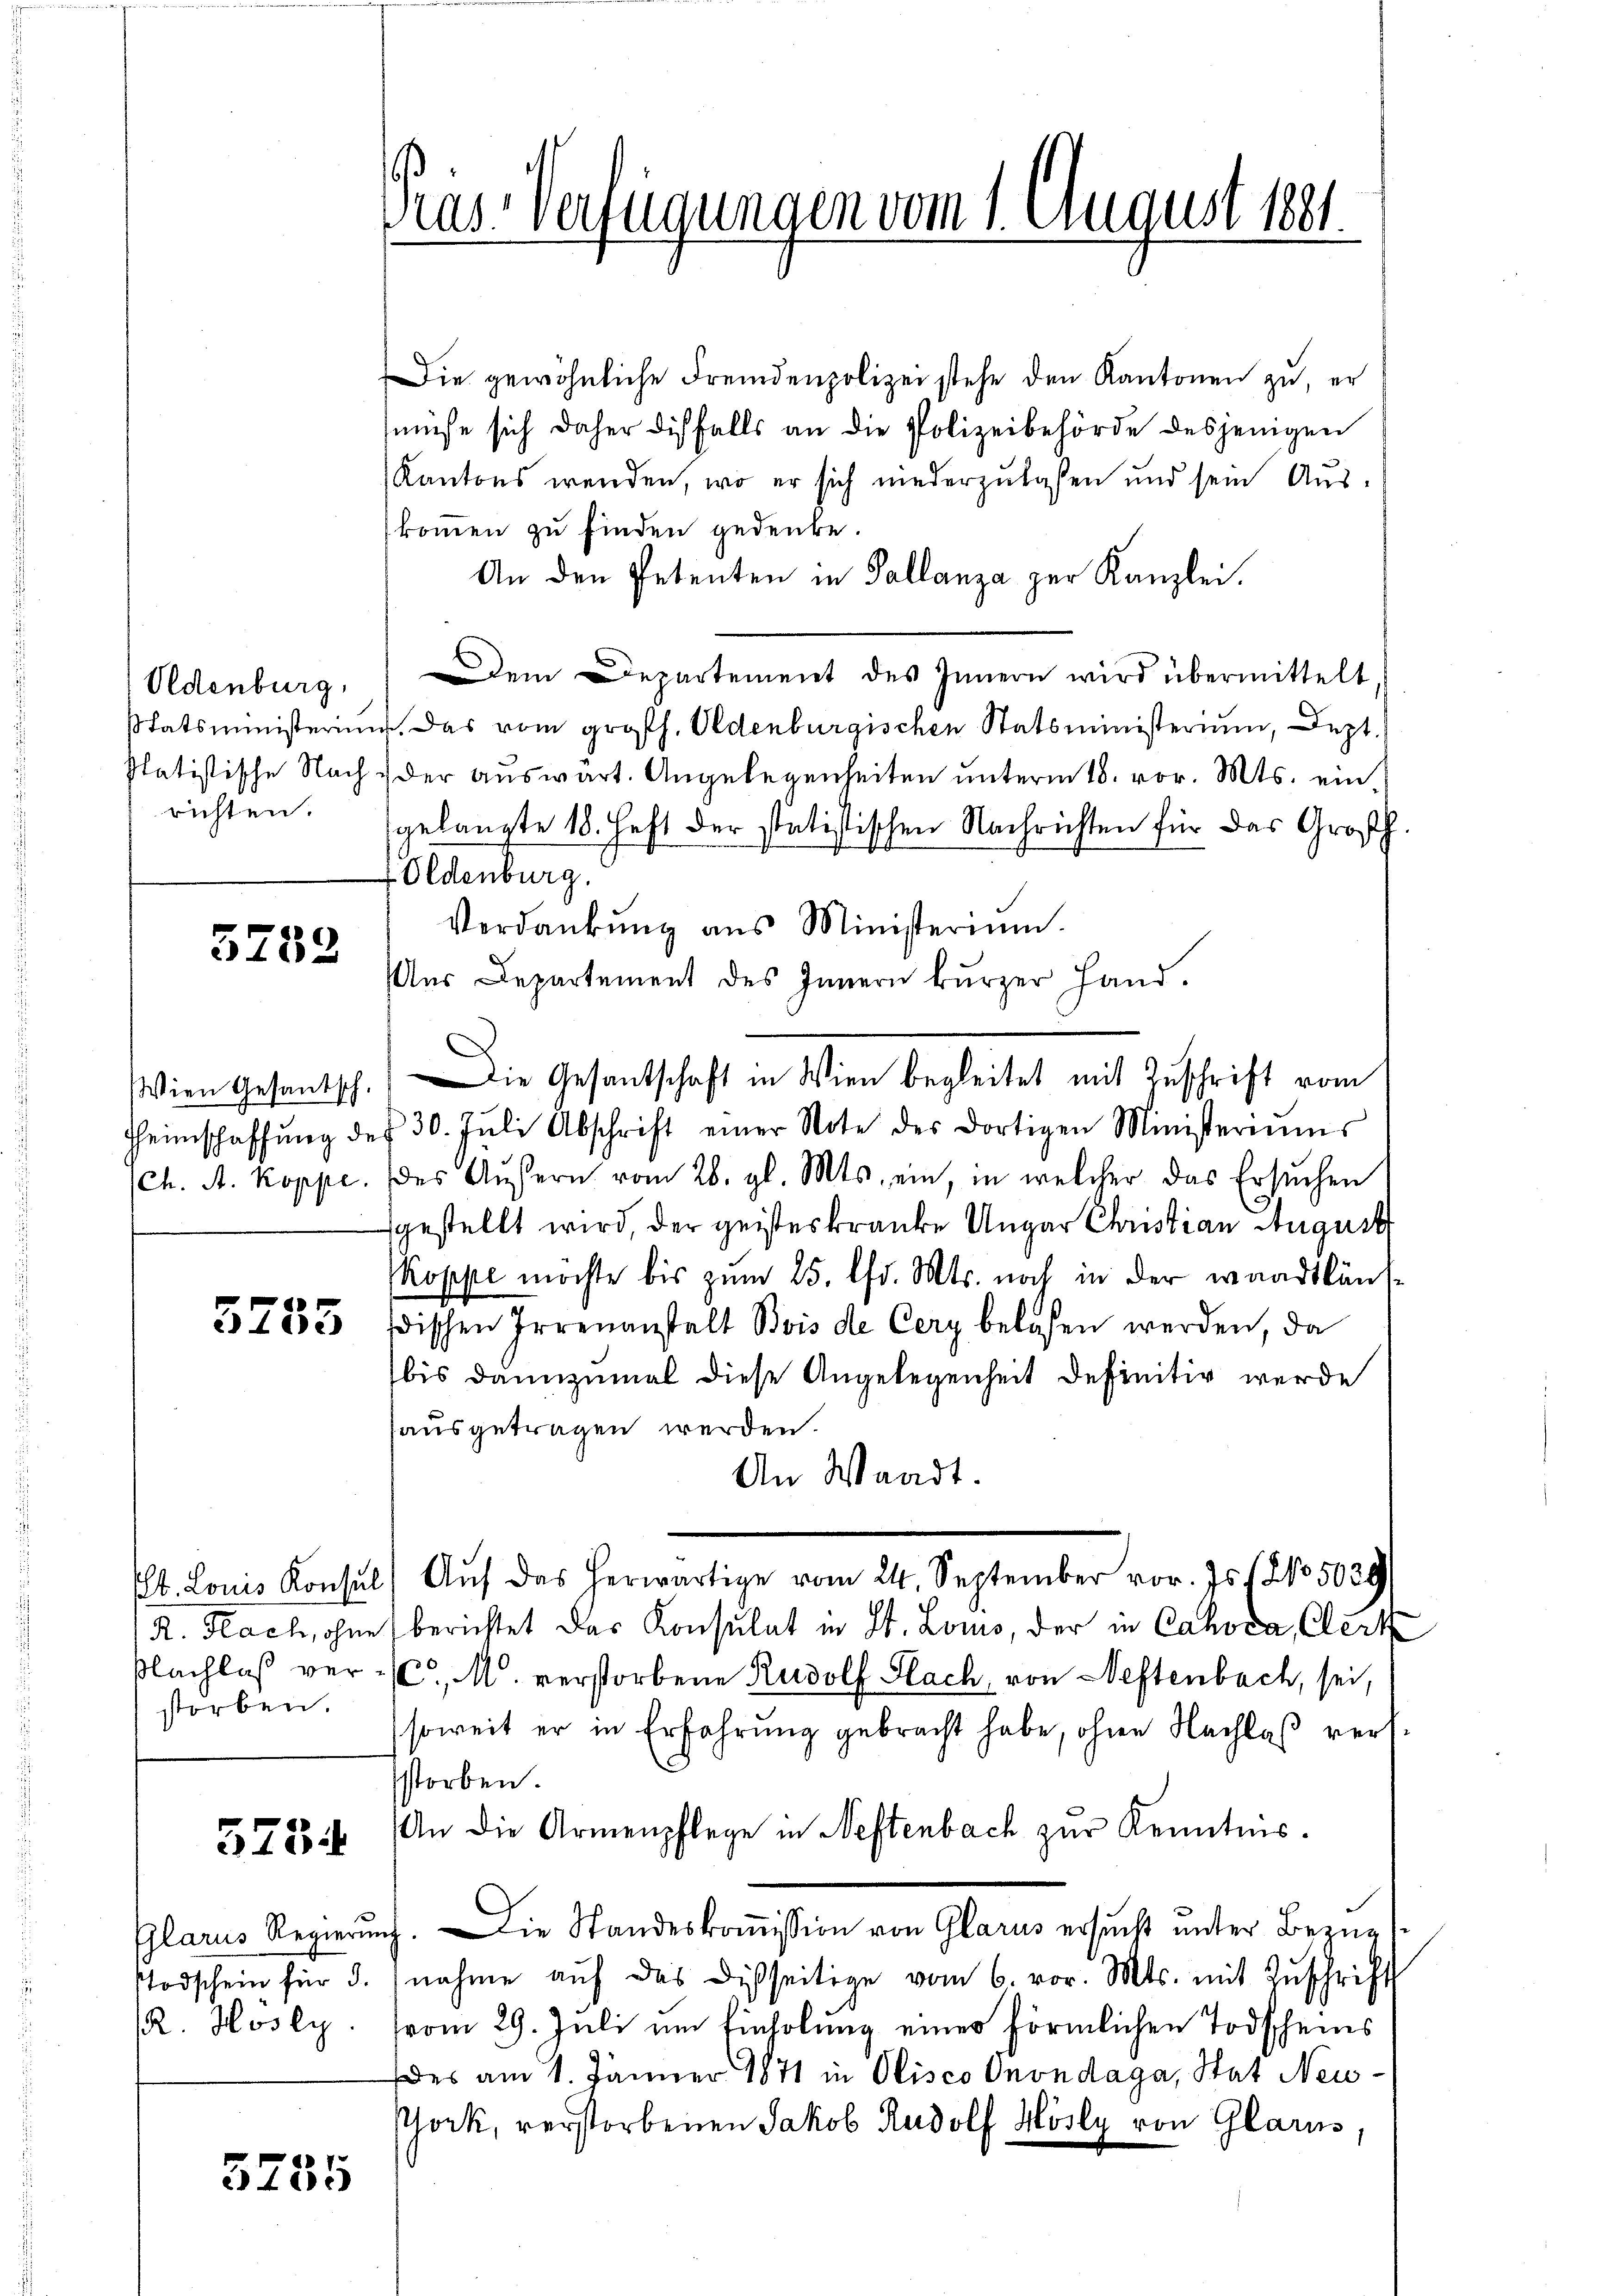
richten.

5782

Wien Gesantsch.

storben.

5754

5755

Die gewöhnliche Fremdenpolizei stehe den Kantonen zu, er
müse sich daher diesfalls an die Polizeibehörde desjenigen
Kantons werden, wo er sich niederzulaßen und sein Aus-
kommen zu finden gedenke.
An den Petenten in Tallanza zur Kanzlei.
Oldenburg, em Departement des Innern wird übermittelt
statsministerium. Das vom gross. Oldenburgischen Statsministerium, Dept.
slatistische Nach der auswart. Angelegenheiten unterm 18. vor. Mts. eingelangte 18. Heft der statistischen Nachrichten für das Großh.
Oldenburg.
Verdankŭng ans Ministerium.
Aus Departement des Innern kurzer Hand.
Die Gesantschaft in Wien begleitet mit Zuschrift vom
Heimschaffŭng des 30. Jŭli Abschrift einer Note der dortigen Ministeriums
(ch. A. Koppe. des Aŭβern vom 26. gl. Mts. ein, in welcher das Ersuchen
gestellt wird, der geisteskranke Ungar Christian August
koppe möchte bis zum 25. fr. Mts. noch in der waadtläns¬
3783 wischen Irrenanstalt Bois de Cery belasen werden, da
bis dannzumal diese Angelegenheit definitiv werde
sausgetragen werden.
An Waadt.
b. Louis Konsŭl) Aŭf das herwärtige vom 24. September vor. Js. (No 5029
R. Flach, ohne berichtet das Konsulat in St. Lono, der in Cahoca Clerk
Flachlaß ver- (C. M. verstorbene Rudolf Flach, von Neftenbach, sei,
soweit er in Erfahrung gebracht habe, ohne Nachlaß versstorben.
An die Armenpflege in Neftenbach zur Kenntnis.
Glarus Regierŭng. Die Standeskoṁission von Glarus ersucht unter Bezugs-
stodschein für 3. nahme aŭf das Disseitige vom 6. vor. Mts. mit Zŭschrift
R. Hosly. vom 29. Juli um Einholung einer förmlichen Todscheins
des am 1. Jänner 1871 in Olisco Onondaga, Stat Neuthock, verstorbenen Jakob Rudolf Hösly von Glarus,

Präs. Verfügungen vom 1. August 1881.